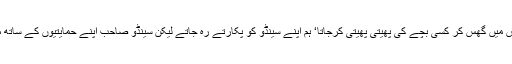
ٹرپل سینڈو کئی دفعہ ہماری کلاس میں گھس کر کسی بچے کی پھیتی پھیتی کرجاتا‘ ہم اپنے سینڈو کو پکارتے رہ جاتے لیکن سینڈو صاحب اپنے حمایتیوں کے ساتھ منہ سر لپیٹ کر کہیں گم ہوجاتے۔